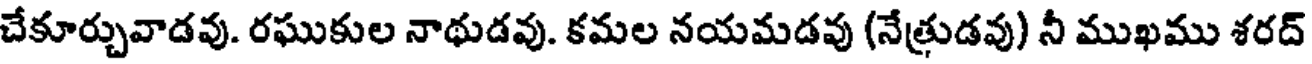
చేకూర్చువాడవు. రఘుకుల నాథుడవు. కమల నయమడవు (నేత్రుడవు) నీ ముఖము శరద్